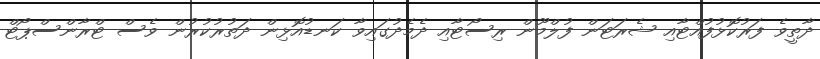
ދާތީވެ ފަރުކޮޅުފުއްޓާއި ޝެރަޓަން ފުލްމޫން ރިސޯޓާއި ދެމެދުގައިވާ ކަނޑުއޮޅިން ދަތުރުކުރުން ވެސް ޓްރާންސްޕޯޓް